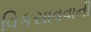
વિકસાવવાની